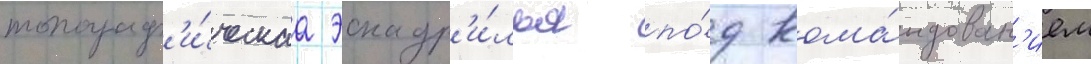
топограф'и́ческаа эскадр'и́лья по́д кома́ндован'ием